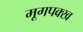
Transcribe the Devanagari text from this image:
मूगपक्ख